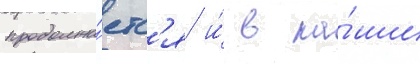
продолжа́етс'я и́ в на́ши